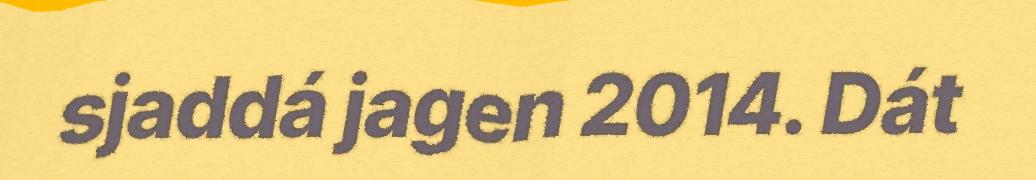
sjaddá jagen 2014. Dát